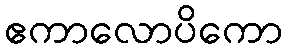
ဧကာလောပိကော